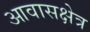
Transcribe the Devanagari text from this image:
आवासक्षेत्र